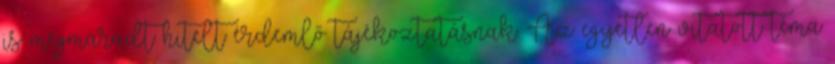
is megmaradt hitelt érdemlő tájékoztatásnak. Az egyetlen vitatott téma